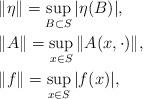
LaTeX: \begin{align*}&\|\eta\| = \sup_{B\subset S} |\eta(B)|,\\&\|A\| = \sup_{x\in S} \|A(x,\cdot)\|,\\&\|f\| = \sup_{x\in S} |f(x)|,\end{align*}